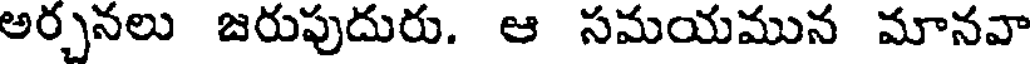
అర్చనలు జరుపుదురు. ఆ సమయమున మానవా